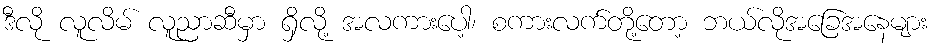
ဒီလို လူလိမ် လူညာဆီမှာ ရှိလို့ အလကားပေါ့၊ စကားလက်တို့တော့ ဘယ်လိုအခြေအနေများ